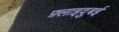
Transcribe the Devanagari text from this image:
फ़्लाइदुबई